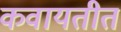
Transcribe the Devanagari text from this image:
कवायतीत